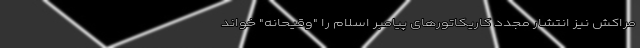
مراکش نیز انتشار مجدد کاریکاتورهای پیامبر اسلام را "وقیحانه" خواند